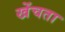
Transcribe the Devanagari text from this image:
खेंचता